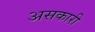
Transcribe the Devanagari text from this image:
असकारी